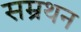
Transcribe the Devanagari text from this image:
सम्रथन